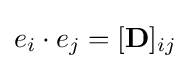
e_{i}\cdot e_{j}=[\mathbf {D} ]_{ij}